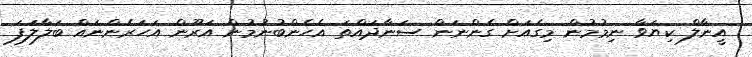
އީނާލް ކިޔަވާ ނިމުމުން މިގެއަށް ގެންނަން ސަނާދައްތަ އެހެންބުނުމުން އަރޫން އަހަރެންނައް ބަލާލަފަ